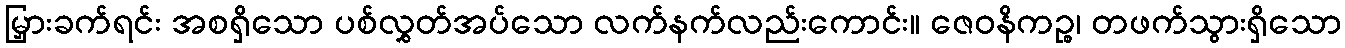
မြှားခက်ရင်း အစရှိသော ပစ်လွှတ်အပ်သော လက်နက်လည်းကောင်း။ ဇေဝနိကဉ္စ၊ တဖက်သွားရှိသော